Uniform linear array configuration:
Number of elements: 4
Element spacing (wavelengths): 1
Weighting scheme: uniform
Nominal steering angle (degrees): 45
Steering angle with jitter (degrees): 43.144
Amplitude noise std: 0.05
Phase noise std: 0.05

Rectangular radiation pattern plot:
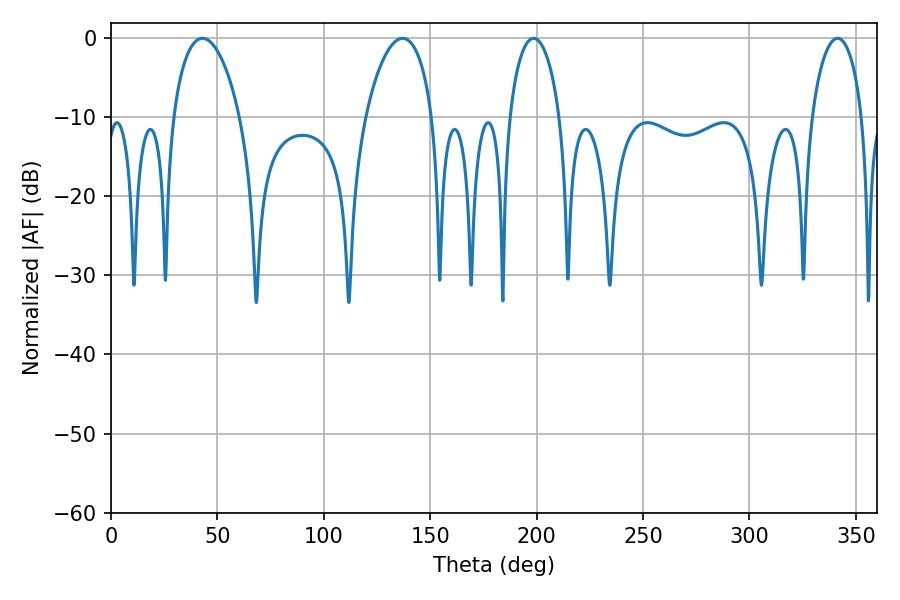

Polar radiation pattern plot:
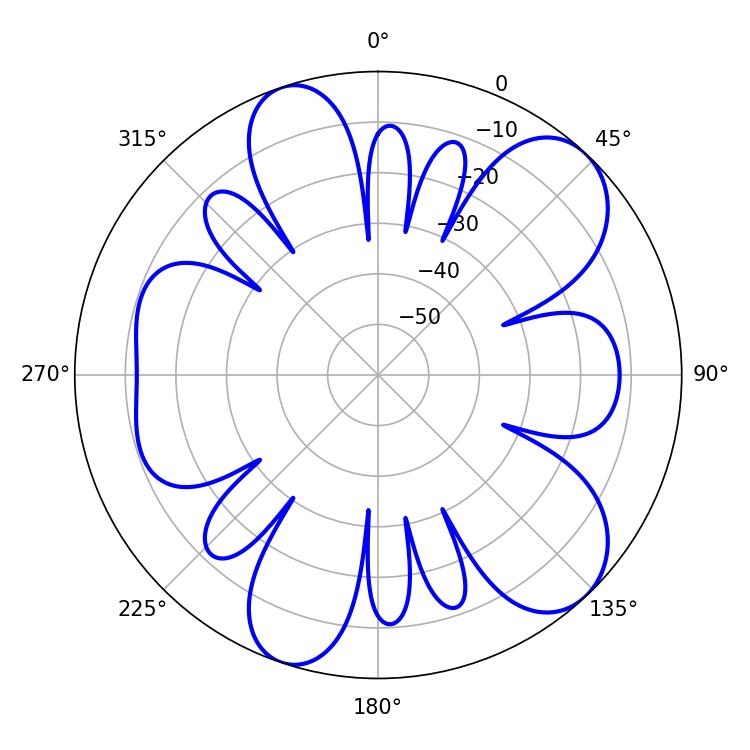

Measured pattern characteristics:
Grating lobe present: TRUE
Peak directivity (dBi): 9.277
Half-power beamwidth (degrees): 13.68
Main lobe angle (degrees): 198.54